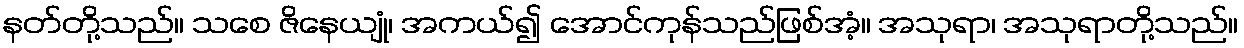
နတ်တို့သည်။ သစေ ဇိနေယျုံ၊ အကယ်၍ အောင်ကုန်သည်ဖြစ်အံ့။ အသုရာ၊ အသုရာတို့သည်။